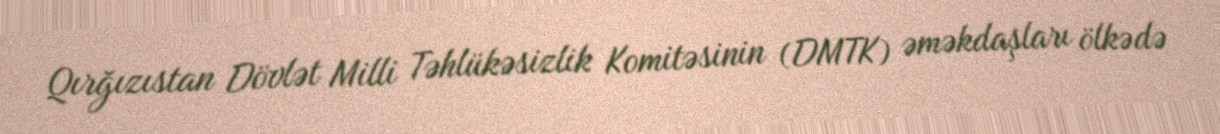
Qırğızıstan Dövlət Milli Təhlükəsizlik Komitəsinin (DMTK) əməkdaşları ölkədə